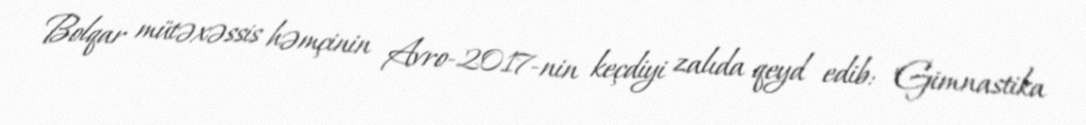
Bolqar mütəxəssis həmçinin Avro-2017-nin keçdiyi zalıda qeyd edib: "Gimnastika